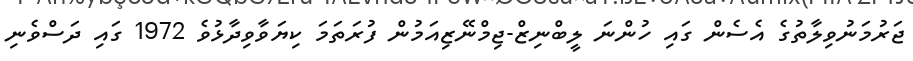
ޖަރުމަނުވިލާތުގެ އެސެން ގައި ހުންނަ ލީބްނިޒް-ޖިމްނޭޒިއަމުން ފުރަތަމަ ކިޔަވާވިދާޅުވެ 1972 ގައި ދަސްވެނި